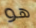
هو